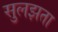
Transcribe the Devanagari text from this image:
सुलझता